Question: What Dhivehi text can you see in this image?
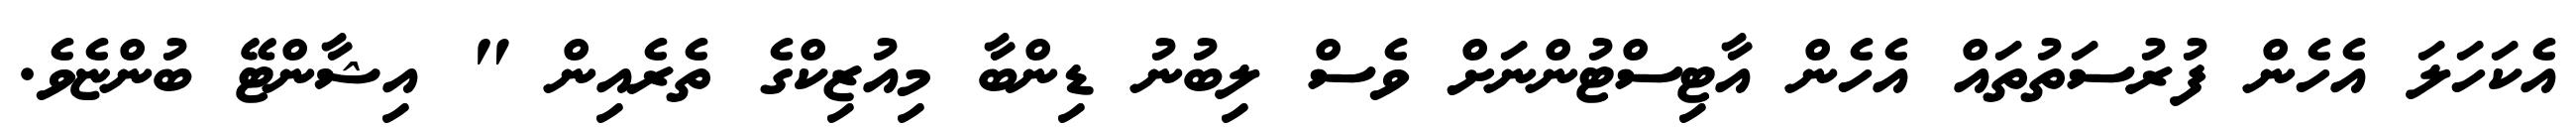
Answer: އެކަހަލަ އެހެން ފުރުސަތުތައް އެހެން އާޓިސްޓުންނަށް ވެސް ލިބުނު ޑިންބާ މިއުޒިކްގެ ތެރެއިން " އިޝާންޓޭ ބުންޏެވެ.